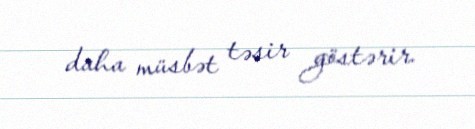
daha müsbət təsir göstərir.